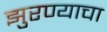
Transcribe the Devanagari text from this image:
झुरण्याचा